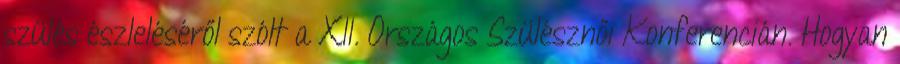
szülés észleléséről szólt a XII. Országos Szülésznői Konferencián. Hogyan